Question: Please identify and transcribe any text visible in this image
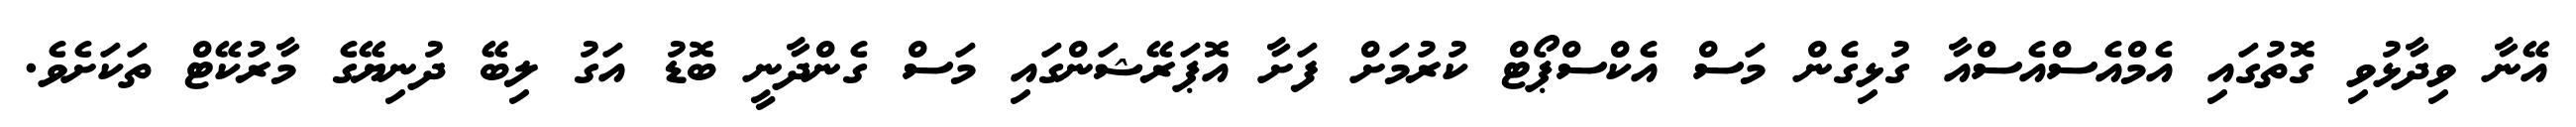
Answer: އޭނާ ވިދާޅުވި ގޮތުގައި އެމްއެސްއެސްއާ ގުޅިގެން މަސް އެކްސްޕޯޓް ކުރުމަށް ފަށާ އޮޕަރޭޝަންގައި މަސް ގެންދާނީ ބޮޑު އަގު ލިބޭ ދުނިޔޭގެ މާރުކޭޓް ތަކަށެވެ.